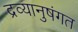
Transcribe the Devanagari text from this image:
द्रव्यानुषंगत